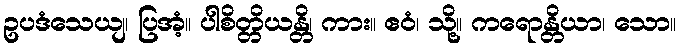
ဥပဒံသေယျ၊ ပြအံ့။ ပါစိတ္တိယန္တိ၊ ကား။ ဧဝံ၊ သို့။ ကရောန္တိယာ၊ သော။